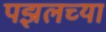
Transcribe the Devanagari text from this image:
पझलच्या